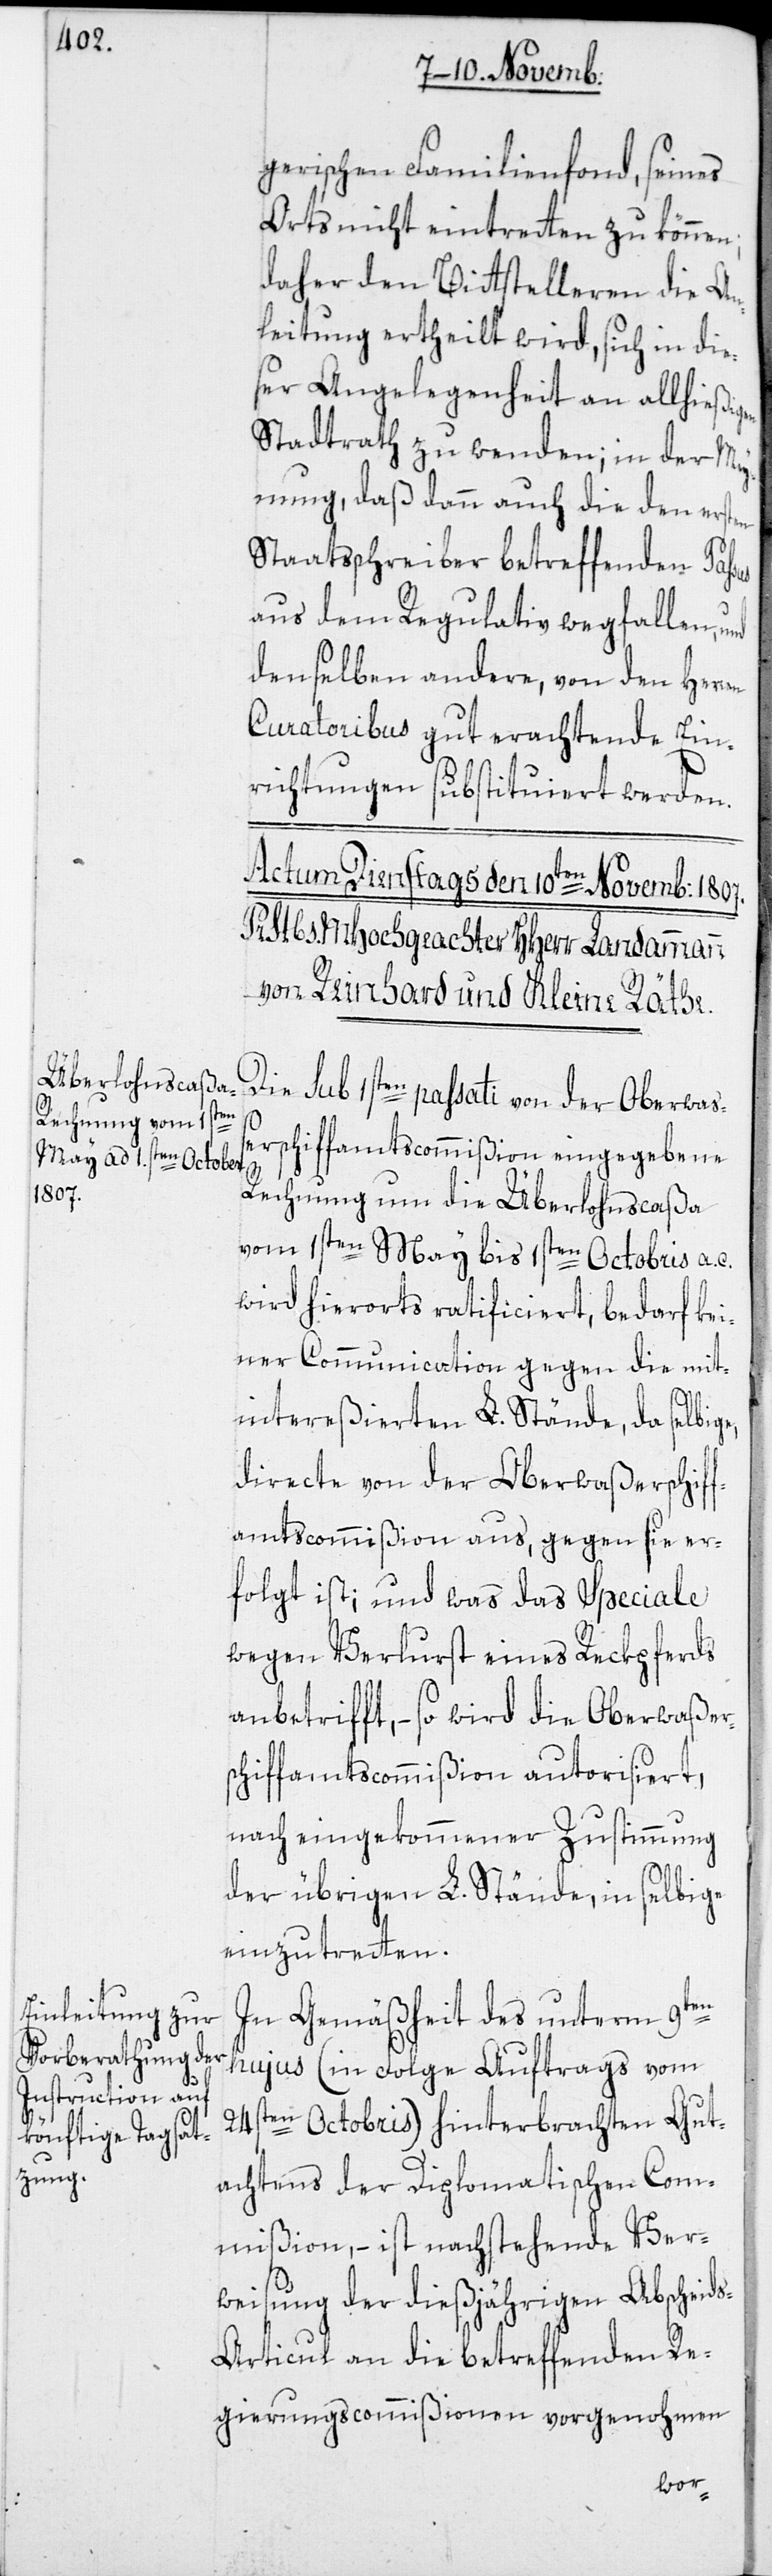
gerischen Familienfond, seines
Orts nicht eintretten zu können;
daher den Bittstelleren die An¬
leitung ertheilt wird, sich in die¬
ser Angelegenheit an allhießig¬
Stadtrath zu wenden; in der Mey¬
nung, daß dann auch die den ersten
Staatsschreiber betreffenden Pas¬
aus dem Regulativ wegfallen,
denselben andere, von den Herr¬
Curatoribus gut erachtende Ein¬
richtungen substituiert werden.
Die sub 1sten passati von der Oberwaß¬
erschiffamtscommißion eingegebene
Rechnung um die Überlohnscaßa
vom 1sten May bis 1sten Octobris a. c.
wird hierorts ratificiert, bedarf kei¬
ner Communication gegen die mit¬
intereßierten L. Stände, da selbige,
directe von der Oberwaßerschif¬
famtscommision aus, gegen sie er¬
folgt ist; und was das Speciale
wegen Verlurst eines Reckpferds
anbetrifft, – so wird die Oberwaßer¬
schiffamtscommißion autorisiert,
nach eingekommener Zustimmung
der übrigen L. Stände, in selbige
einzutretten.
en
sus
In Gemäßheit des unterm 9t¬
hujus (in Folge Auftrags vom
24sten Octobris) hinterbrachten Gut¬
achtens der Diplomatischen Com¬
mißion, – ist nachstehende Ver¬
weisung der dießjährigen Abscheid¬
s-Articul an die betreffenden Re¬
gierungs-Commißionen vorgenohmen